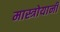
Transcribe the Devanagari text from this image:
मास्त्रोयानी